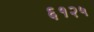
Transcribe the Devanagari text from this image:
६१२५